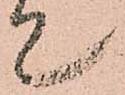
て